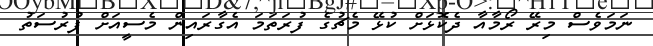
ނަމަވެސް މިރޭ ރޯމާއާ ދެކޮޅަށް ކުޅޭ މެޗުގެ ފުރަތަމަ އެގާރައިން މެސީއަށް ފުރުސަތު